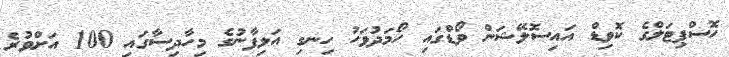
ހޮސްޕިޓަލްގެ ކޮވިޑް އައިސޮލޭޝަން ވޯޑްގައި ހޯމަދުވަހު ހިނގި އަލިފާނުގެ މިހާދިސާގައި 100 އަށްވުރެ